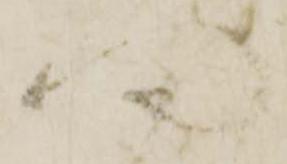
問